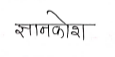
मजकूर: ज्ञानकोश